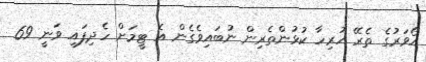
އޯވަރުގެ ތެރޭ ހުރިހާ ކުޅުންތެރިން ނުބައިވެގެން އެ ޓީމަށް ހެދިފައި ވަނީ 69